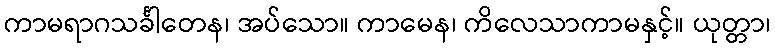
ကာမရာဂသင်္ခါတေန၊ အပ်သော။ ကာမေန၊ ကိလေသာကာမနှင့်။ ယုတ္တာ၊